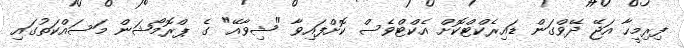
ފިރިމީހާ އަޖޭ ދޭވްގަން ޑައިރެކްޓްކޮށް އެކްޓްވެސް ކޮށްފައިވާ "ޝިވާއޭ" ގެ ޕްރޮމޯޝަން މަސައްކަތުގައި